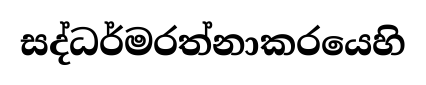
සද්ධර්මරත්නාකරයෙහි